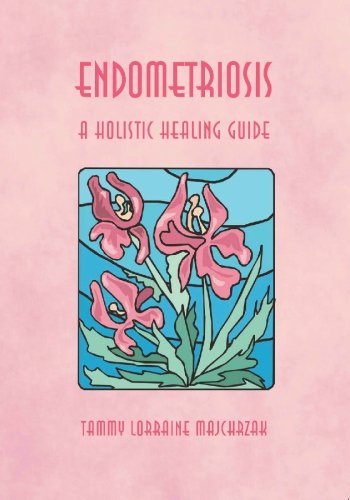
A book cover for ENDOMETRIOSIS - A HOLISTIC HEALING GUIDE [Paperback] [2005] (Author) Tammy Majchrzak; Health, Fitness & Dieting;